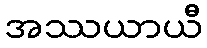
အဿယာယီ